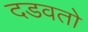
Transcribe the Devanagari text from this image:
दडवतो